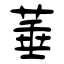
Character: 菙